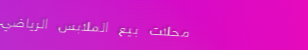
محلات بيع الملابس الرياضي